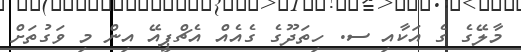
މާލޭގެ ގެ އަކާއި ސ. ހިތަދޫގެ ގެއެއް އެޗްޕީއޭ އިން މި ވަގުތަށް